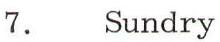
7. Sundry